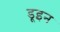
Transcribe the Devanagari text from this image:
डूइन